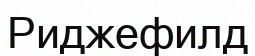
Риджефилд